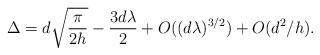
LaTeX: \begin{align*}\Delta = d\sqrt{\frac{\pi}{2h}} - \frac{3d\lambda}{2} + O((d\lambda)^{3/2}) + O(d^2/h).\end{align*}